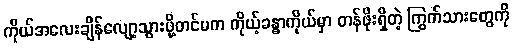
ကိုယ်အလေးချိန်လျော့သွားဖို့တင်မက ကိုယ့်ခန္ဓာကိုယ်မှာ တန်ဖိုးရှိတဲ့ ကြွက်သားတွေကို